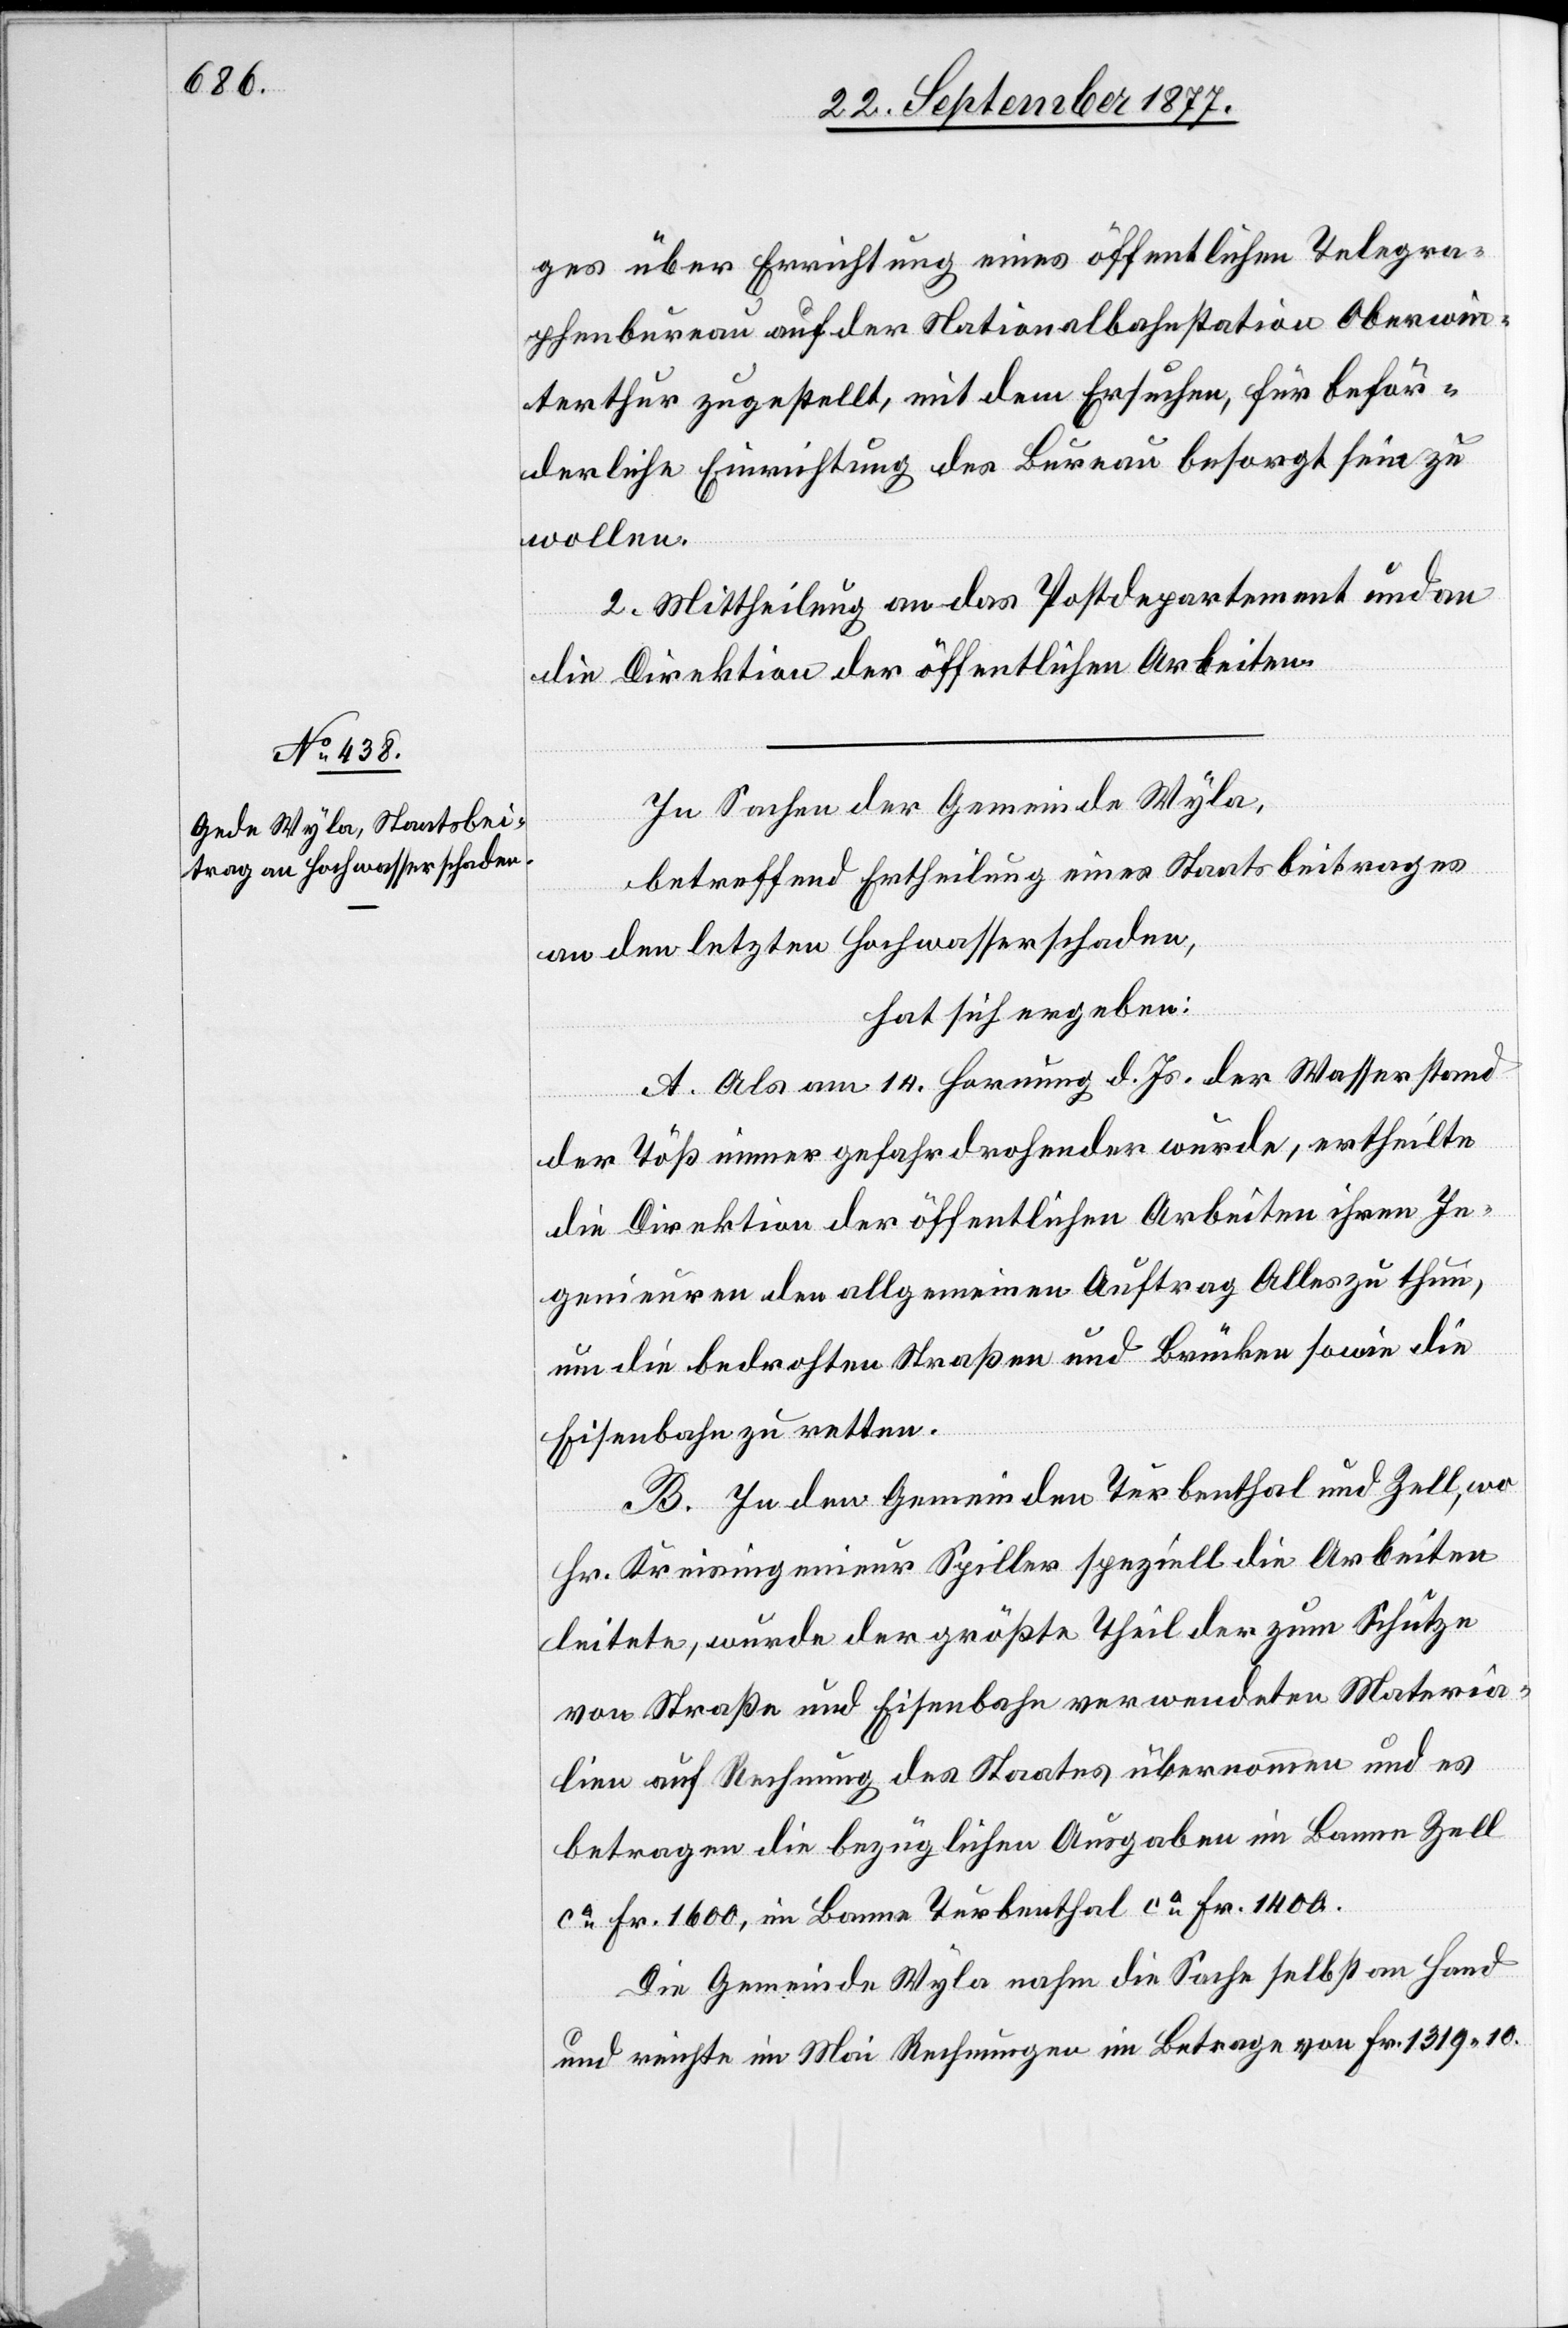
ges über Errichtung eines öffentlichen Telegra¬
phenbureau auf der Nationalbahnstation Oberwin¬
terthur zugestellt, mit dem Ersuchen, für beför¬
derliche Einrichtung des Bureau besorgt sein zu
wollen.
2. Mittheilung an das Postdepartement und an
die Direktion der öffentlichen Arbeiten.
In Sachen der Gemeinde Wyla,
betreffend Ertheilung eines Staatsbeitrages
an den letzten Hochwasserschaden,
hat sich ergeben:
A. Als am 14. Hornung d. Js. der Wasserstand
der Töß immer gefahrdrohender wurde, ertheilte
die Direktion der öffentlichen Arbeiten ihren In¬
genieuren den allgemeinen Auftrag Alles zu thun,
um die bedrohten Straßen und Brücken sowie die
Eisenbahn zu retten.
B. In den Gemeinden Turbenthal und Zell, wo
Hr. Kreisingenieur Spiller speziell die Arbeiten
leitete, wurde der größte Theil der zum Schutze
von Straße und Eisenbahn verwendeten Materia¬
lien auf Rechnung des Staates übernommen und es
betragen die bezüglichen Ausgaben im Banne Zell
ca Fr. 1600, im Banne Turbenthal ca Fr. 1400.
Die Gemeinde Wyla nahm die Sache selbst an Hand
und reichte im Mai Rechnungen im Betrage von Fr. 1319 10.